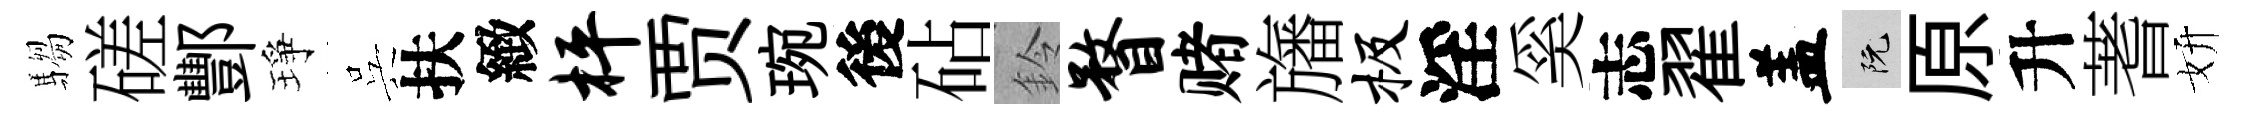
騶磋酆琤呉扶緻枰贾琬後砧鈴瞀赌旛极淫奚志翟盖阮原升蓍妍